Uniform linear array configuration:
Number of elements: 64
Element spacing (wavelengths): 0.75
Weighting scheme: exponential
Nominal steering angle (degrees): -15
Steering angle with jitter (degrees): -14.915
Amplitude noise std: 0.05
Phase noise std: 0.05

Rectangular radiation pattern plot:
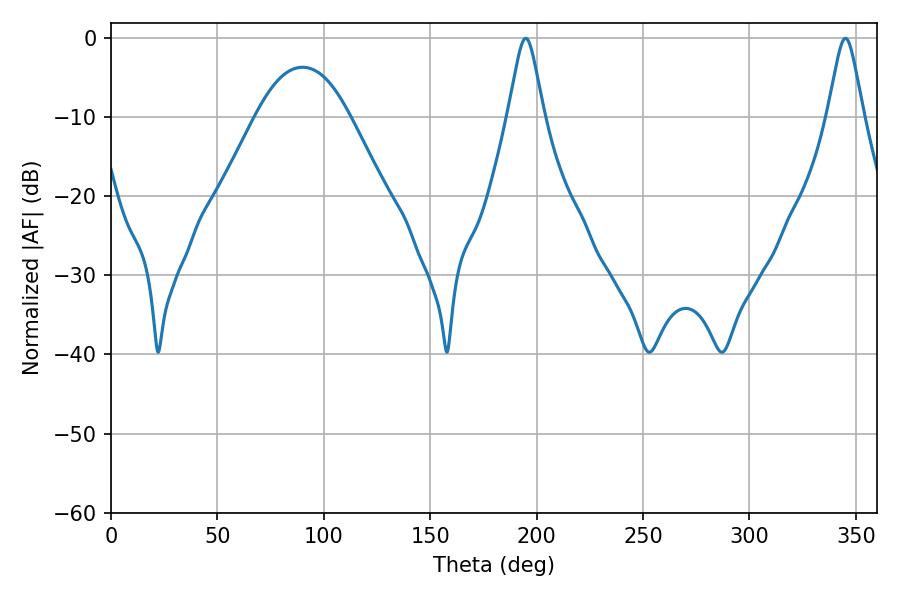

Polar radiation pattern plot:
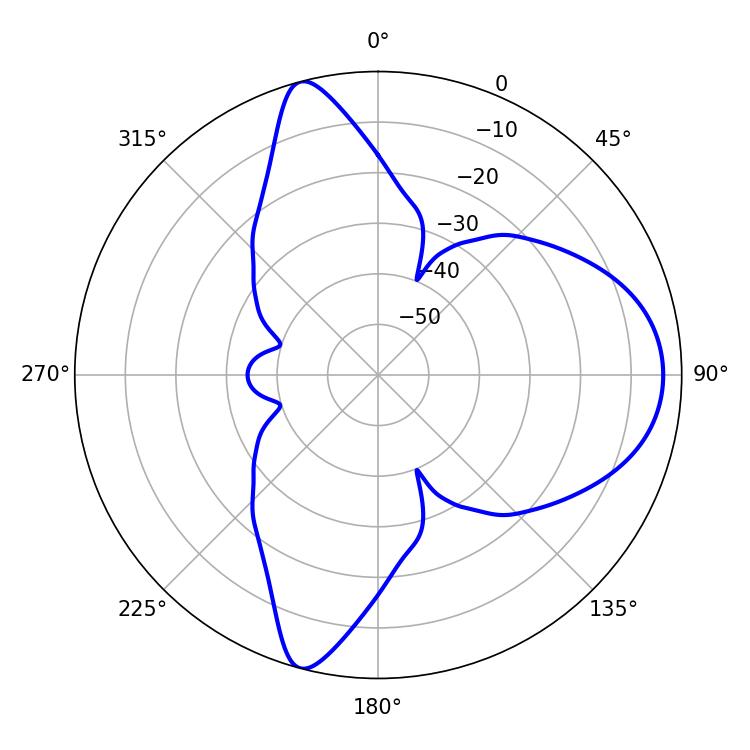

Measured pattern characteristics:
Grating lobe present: TRUE
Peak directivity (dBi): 10.994
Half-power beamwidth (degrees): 7.92
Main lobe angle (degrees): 194.94